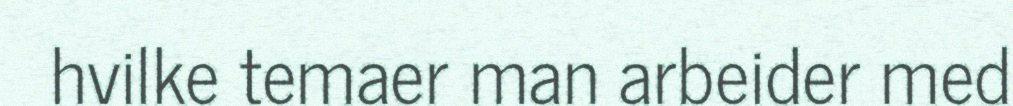
hvilke temaer man arbeider med